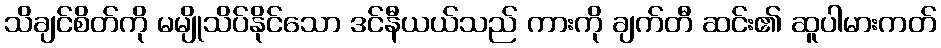
သိချင်စိတ်ကို မမျိုသိပ်နိုင်သော ဒင်နီယယ်သည် ကားကို ချက်တီ ဆင်း၏ ဆူပါမားကတ်